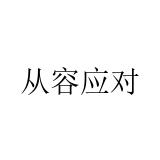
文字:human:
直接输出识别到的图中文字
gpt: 从容应对